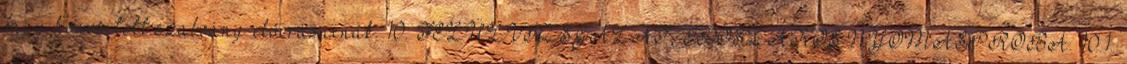
vagy honosított szabvány elõírásainak. 10. FELÜLVIZSGÁLAT, IDÕSZAKOS NYOMÁSPRÓBA. 10.1.